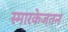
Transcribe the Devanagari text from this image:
स्मारकेजतन